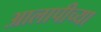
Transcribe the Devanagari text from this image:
आलापीच्या